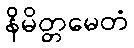
နိမိတ္တမေတံ